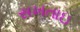
સખતાઇ